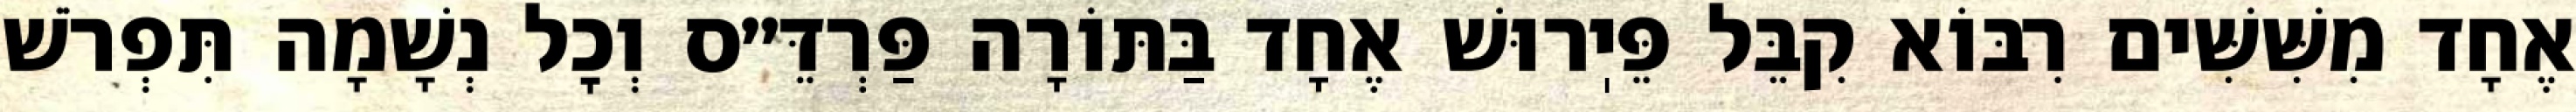
אֶחָד מִשִּׁשִּׁים רִבּוֹא קִבֵּל פֵּיֽרוּשׁ אֶחָד בַּתּוֹרָה פַּרְדֵּ״ס וְכׇל נְשָׁמָה תִּפְרֹשׁ